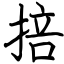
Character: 掊